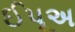
ઈપૂઅ